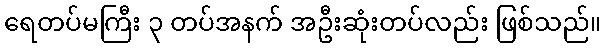
ရေတပ်မကြီး ၃ တပ်အနက် အဦးဆုံးတပ်လည်း ဖြစ်သည်။